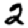
Digit: 2